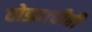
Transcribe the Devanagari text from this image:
घोड्याचीही